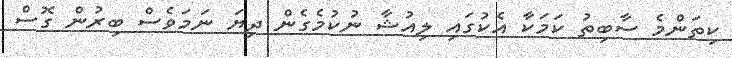
ކިތަންމެ ސާބިތު ކަމަކާ އެކުގައި ލިއުޝާ ނުކުމެގެން ދިޔަ ނަމަވެސް ބިރުން ގޮސް